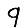
Digit: 9